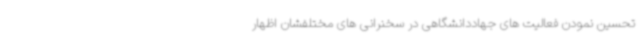
تحسین نمودن فعالیت های جهاددانشگاهی در سخنرانی های مختلفشان اظهار